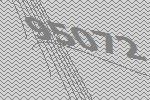
95072